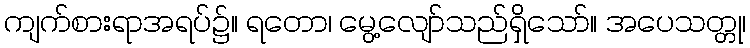
ကျက်စားရာအရပ်၌။ ရတော၊ မွေ့လျော်သည်ရှိသော်။ အပေသတ္တု၊